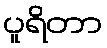
ပူရိတာ